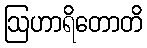
ဩဟာရိတောတိ